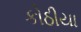
કોઠીયા